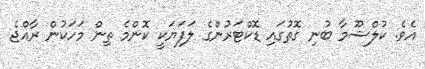
އެވެ. ކުލްޝޫމާ ބުނި ގޮތުގައި ޑޮކްޓަރުންގެ ލަފަޔަކީ ކޮންމެ ތިން މަހަކުން ރާއްޖެ